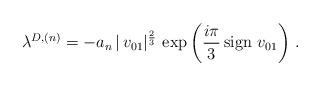
LaTeX: \begin{align*} \lambda^{D,(n)} = - a_n \, |\, v_{01}|^\frac 23 \, \exp \left(\frac{i\pi}{3} \,{\rm sign}\, \, v_{01}\right) \,.\end{align*}